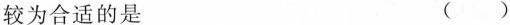
较为合适的是 ()